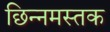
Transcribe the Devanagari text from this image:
छिन्नमस्तक